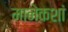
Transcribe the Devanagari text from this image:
मानेकशां